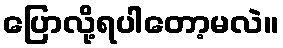
ပြောလို့ရပါတော့မလဲ။